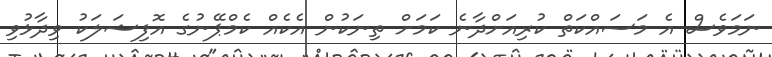
ނަމަވެސް އެ މަސައްކަތް ކުރިއަށްދާނެ ކަމަށް ތިނަކުން އެކެއް ކެމްޕޭނުގެ އޮފިޝަލަކު ވިދާޅުވި